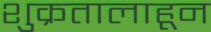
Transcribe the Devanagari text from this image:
शुक्रतालाहून